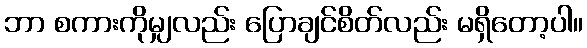
ဘာ စကားကိုမျှလည်း ပြောချင်စိတ်လည်း မရှိတော့ပါ။